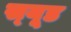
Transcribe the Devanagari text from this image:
स्‍यूड